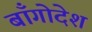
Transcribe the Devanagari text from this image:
बाँगोदेश